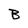
Character: B